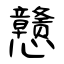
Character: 戆